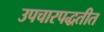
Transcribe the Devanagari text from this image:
उपचारपद्धतीत